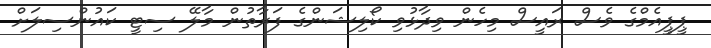
ޕީޕީއެމްގެ ވެސް ރައީސް މިހެން ވިދާޅުވި ކޯލިޝަންގެ ފަރާތުން މާލޭ ސިޓީ ކައުންސިލަށް